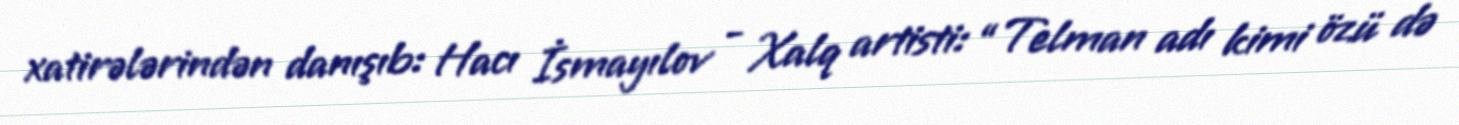
xatirələrindən danışıb: Hacı İsmayılov - Xalq artisti: “Telman adı kimi özü də